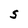
Character: S